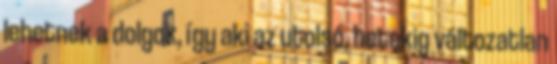
lehetnek a dolgok, így aki az utolsó, hetekig változatlan